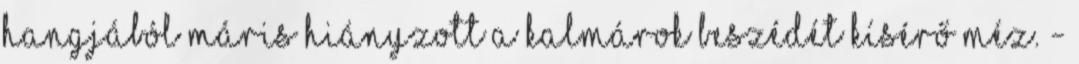
hangjából máris hiányzott a kalmárok beszédét kísérő méz. -